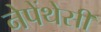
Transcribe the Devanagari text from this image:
नेपेंथेसी